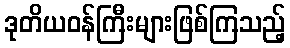
ဒုတိယဝန်ကြီးများဖြစ်ကြသည့်